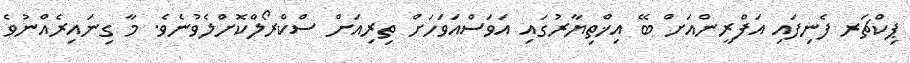
ޕިކްޗަރ ފެނިފައި އަފްރީންއަށް ބޭ އިޚްތިޔާރުގައި އަވަސްއަވަހަށް ތިރިއަށް ސްކްރޯލްކޮށްލެވުނެވެ. މާ ގިނައިރެއްނުވެ